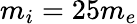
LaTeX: m_{i}=25m_{e}